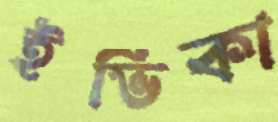
ইভিকা